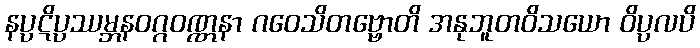
နပ္ပဋိပ္ပဿမ္ဘနဝဂ္ဂဝဏ္ဏနာ ဂဝေသိတဗ္ဗောတိ အနုဘူတဝိသယော ဝိပ္ပလပိ